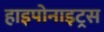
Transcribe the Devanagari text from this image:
हाइपोनाइट्रस